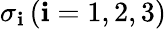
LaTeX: \sigma_{\mathbf{i}}\, (\mathbf{i}=1,2,3)